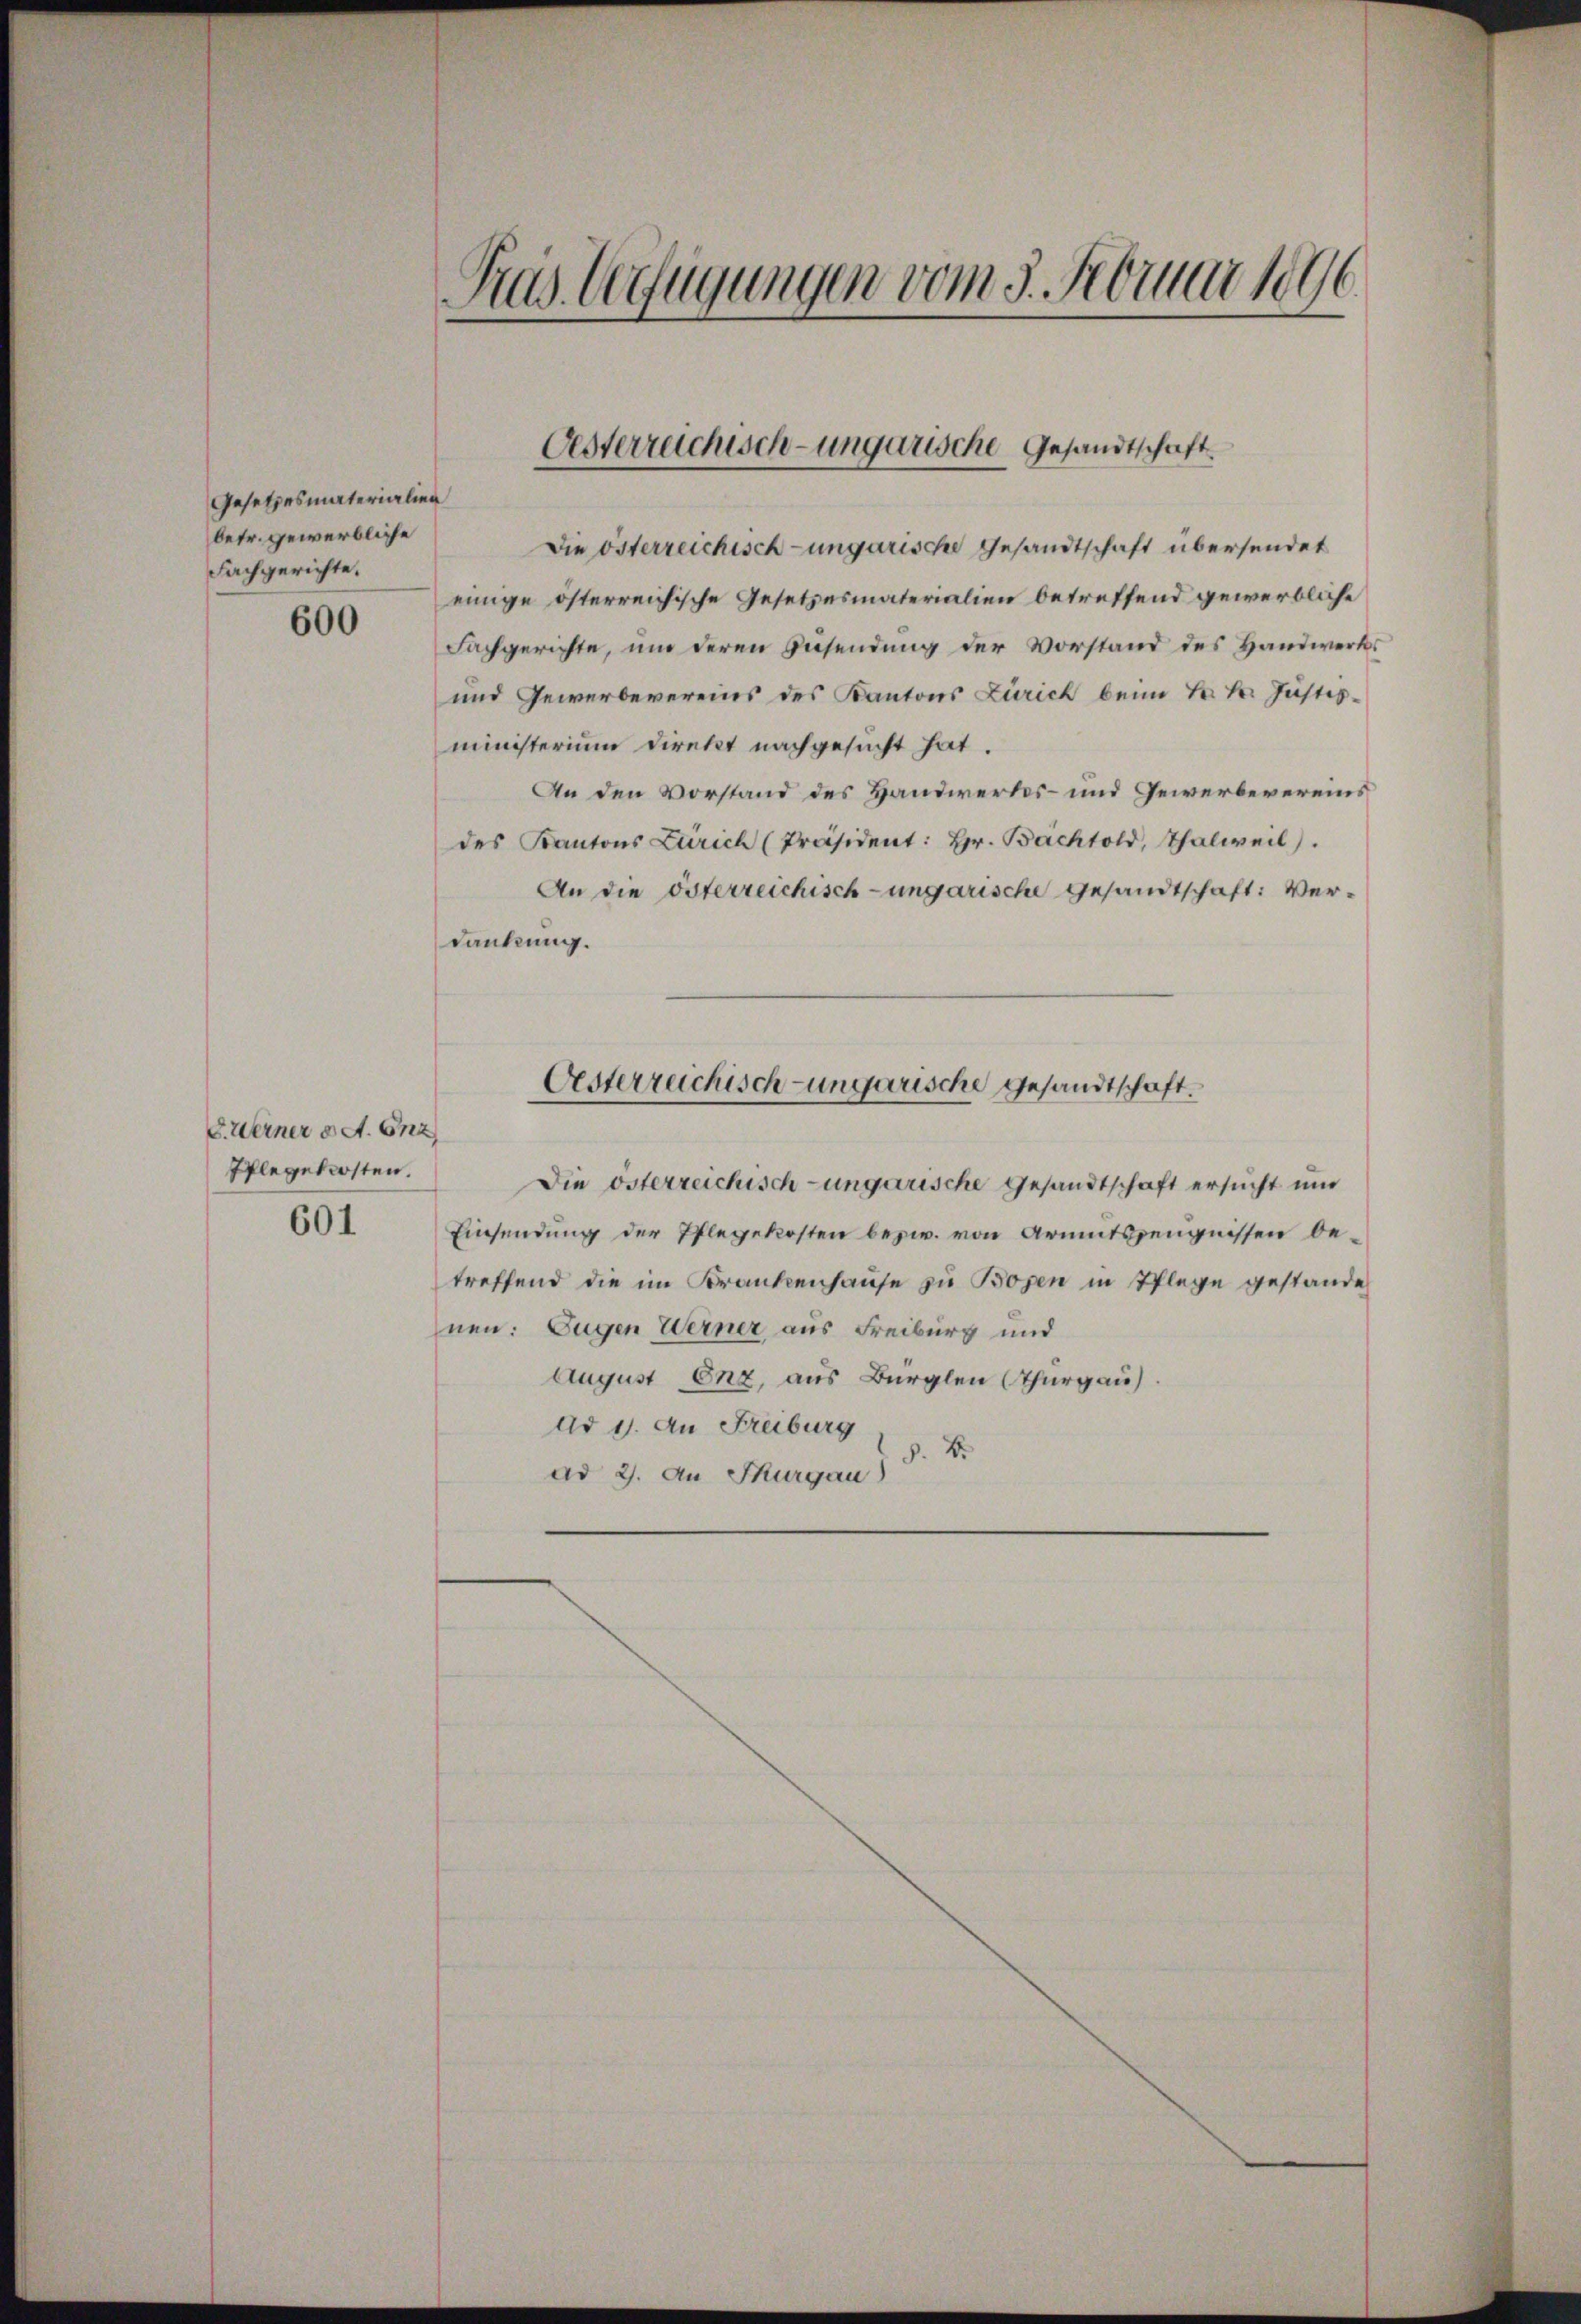
Gesetzesmaterialien
betr. gewerbliche
Fachgerichte.

600

8. Werner u. A. Anz
Pflegekosten.
601

Tras Verfügungen vom 3. Februar 1896

Oesterreichisch-ungarische Gesandtschaft.

Die österreichisch-ungarische Gesandtschaft übersendet
einige österreichische Gesetzesmaterialien betreffend gewerbliche
Fachgerichte, um deren Zusendung der Vorstand des Handwerks
und Gewerbevereins des Kantons Zürich beim k. k. Justizministerium direkt nachgesucht hat.
An den Vorstand des Handwerks- und Gewerbevereins
des Kantons Zürich (Präsident: Hr. Bachtold, Thalweil).
An die österreichisch-ungarische Gesandtschaft: Verdankung.
Oesterreichisch-ungarische Gesandtschaft¬
Die österzeichisch-ungarische Gesandtschaft ersucht und
Einsendung der Pflegekosten bezw. von Armutszeugnissen betreffend die im Krankenhause zu Bozen in Pflege gestande
nen: Eugen Werner aus Freiburg und
August Enz, aus Bürglen Thurgau.
Ad 11. An Freiburg
§. 2.
ad 2. An Thurgau)